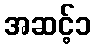
အဆင့်၁